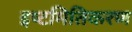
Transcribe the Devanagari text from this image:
इष्‍टमितिकरण